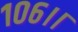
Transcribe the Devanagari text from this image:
१०६।।